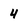
Character: 4